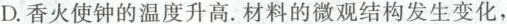
D.香火使钟的温度升高。材料的微观结构发生变化，